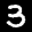
Label: 3